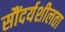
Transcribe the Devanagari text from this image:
सौंदर्यशीलता